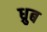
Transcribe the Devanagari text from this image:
ध्रुब